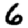
Digit: 6